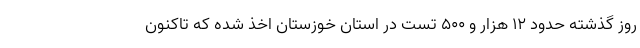
روز گذشته حدود ۱۲ هزار و ۵۰۰ تست در استان خوزستان اخذ شده که تاکنون